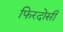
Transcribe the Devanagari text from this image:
फिरदोसी